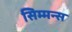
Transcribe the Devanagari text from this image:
सिम्मन्स